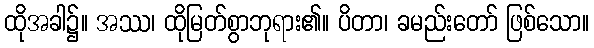
ထိုအခါ၌။ အဿ၊ ထိုမြတ်စွာဘုရား၏။ ပိတာ၊ ခမည်းတော် ဖြစ်သော။